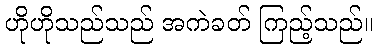
ဟိုဟိုသည်သည် အကဲခတ် ကြည့်သည်။